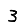
Digit: 3